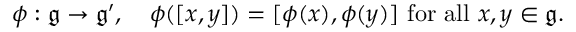
\phi : { \mathfrak { g } } \to { \mathfrak { g ^ { \prime } } } , \quad \phi ( [ x , y ] ) = [ \phi ( x ) , \phi ( y ) ] \ { \mathrm { f o r ~ a l l } } \ x , y \in { \mathfrak { g } } .